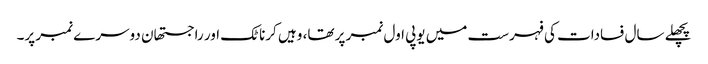
پچھلے سال فسادات کی فہرست میں یوپی اول نمبر پر تھا، وہیں کرناٹک اور راجستھان دوسرے نمبر پر۔